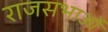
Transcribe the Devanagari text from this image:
राजसभाओं